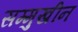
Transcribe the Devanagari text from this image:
सम्मुखीन